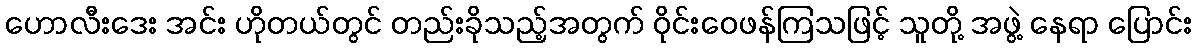
ဟောလီးဒေး အင်း ဟိုတယ်တွင် တည်းခိုသည့်အတွက် ဝိုင်းဝေဖန်ကြသဖြင့် သူတို့ အဖွဲ့ နေရာ ပြောင်း